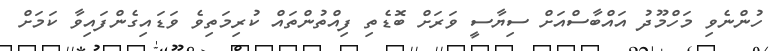
ހުންނެވި މަހްމޫދު އައްބާސްއަށް ސިޔާސީ ވަރަށް ބޮޑެތި ފިއްތުންތައް ކުރިމަތިވެ ވަޑައިގެންފައިވާ ކަމަށް